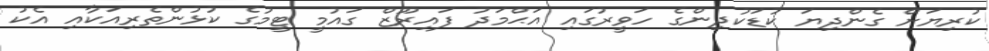
ކުރިޔަށް ގެންދިޔަ ކުޑަކުދިންގެ ހަވީރުގައި އަަޙްމަދު ފައިރޫޒް ގައުމީ ޓީމުގެ ކުޅުންތެރިއަކާއި އެކު